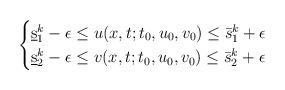
LaTeX: \begin{align*}\begin{cases}\underbar s_1^k -\epsilon \le u(x,t;t_0,u_0,v_0) \le \bar s_1^k+\epsilon\cr\underbar s_2^k -\epsilon \le v(x,t;t_0,u_0,v_0) \le \bar s_2^k+\epsilon\end{cases}\end{align*}